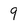
Character: 9